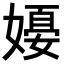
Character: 𪦗